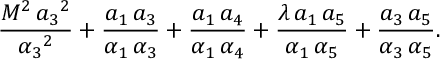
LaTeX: \frac { M ^ { 2 } \, { { a _ { 3 } } } ^ { 2 } } { { { { \alpha } _ { 3 } } } ^ { 2 } } + \frac { { a _ { 1 } } \, { a _ { 3 } } } { { { \alpha } _ { 1 } } \, { { \alpha } _ { 3 } } } + \frac { { a _ { 1 } } \, { a _ { 4 } } } { { { \alpha } _ { 1 } } \, { { \alpha } _ { 4 } } } + \frac { \lambda \, { a _ { 1 } } \, { a _ { 5 } } } { { { \alpha } _ { 1 } } \, { { \alpha } _ { 5 } } } + \frac { { a _ { 3 } } \, { a _ { 5 } } } { { { \alpha } _ { 3 } } \, { { \alpha } _ { 5 } } } .